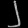
Digit: ၂